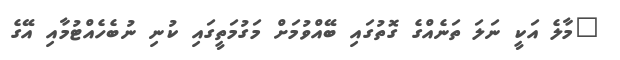
"މާލެ އަކީ ނަލަ ތަނެއްގެ ގޮތުގައި ބޭއްވުމަށް މަގުމަތީގައި ކުނި ނުބެހެއްޓުމާއި އޭގެ